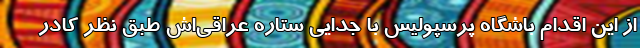
از این اقدام باشگاه پرسپولیس با جدایی ستاره عراقی‌اش طبق نظر کادر